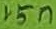
Text: 15n